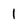
Character: 1